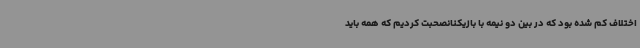
اختلاف کم شده بود که در بین دو نیمه با بازیکنانصحبت کردیم که همه باید